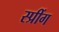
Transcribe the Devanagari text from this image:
स्प्रींग